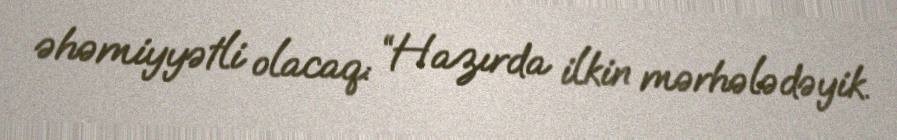
əhəmiyyətli olacaq: “Hazırda ilkin mərhələdəyik.